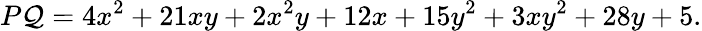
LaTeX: P\mathcal{Q}=4x^{2}+21xy+2x^{2}y+12x+15y^{2}+3xy^{2}+28y+5.